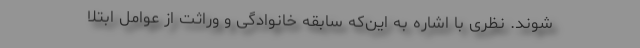
‌شوند. نظری با اشاره به این‌که سابقه خانوادگی و وراثت از عوامل ابتلا